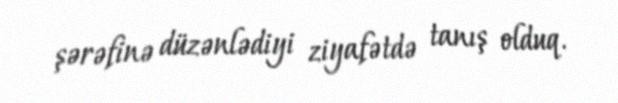
şərəfinə düzənlədiyi ziyafətdə tanış olduq.